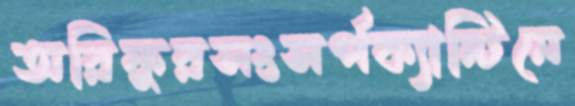
অরিফুরসংসর্পক্যান্টিনে